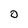
Character: 0